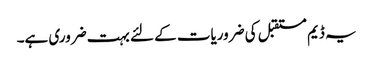
یہ ڈیم مستقبل کی ضروریات کے لئے بہت ضروری ہے۔